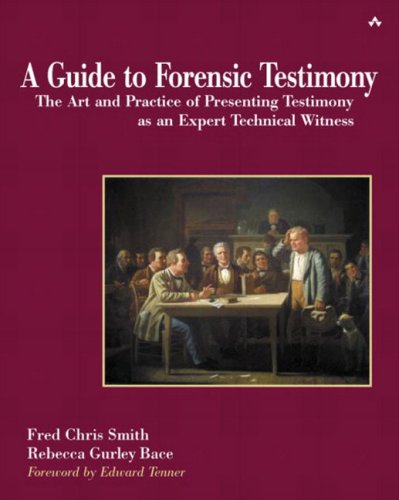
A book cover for A Guide to Forensic Testimony: The Art and Practice of Presenting Testimony As An Expert Technical Witness; Fred Chris Smith; Computers & Technology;